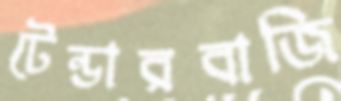
টেন্ডারবাজি